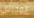
المدرس